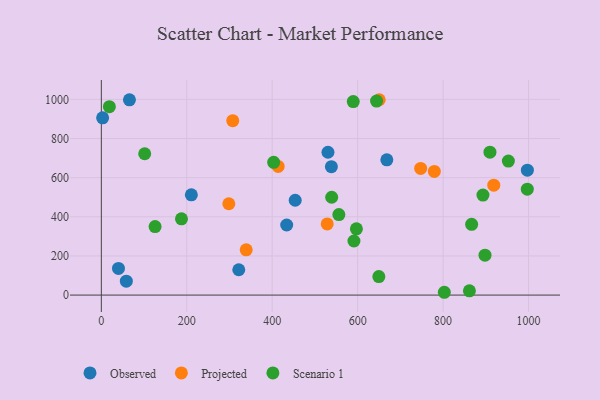
{"axis": {"x": "Investment", "y": "Salary"}, "legend": ["Observed", "Projected", "Scenario 1"], "data": [{"x": "40.1", "y": 136.2, "type": "Observed"}, {"x": "3.0", "y": 905.5, "type": "Observed"}, {"x": "538.5", "y": 655.9, "type": "Observed"}, {"x": "321.7", "y": 129.5, "type": "Observed"}, {"x": "65.8", "y": 997.6, "type": "Observed"}, {"x": "997.3", "y": 638.3, "type": "Observed"}, {"x": "433.9", "y": 358.2, "type": "Observed"}, {"x": "210.7", "y": 512.5, "type": "Observed"}, {"x": "530.5", "y": 729.8, "type": "Observed"}, {"x": "453.8", "y": 484.7, "type": "Observed"}, {"x": "58.5", "y": 71.2, "type": "Observed"}, {"x": "668.3", "y": 691.1, "type": "Observed"}, {"x": "339.1", "y": 231.3, "type": "Projected"}, {"x": "307.6", "y": 891.0, "type": "Projected"}, {"x": "779.5", "y": 631.7, "type": "Projected"}, {"x": "747.5", "y": 647.0, "type": "Projected"}, {"x": "413.9", "y": 657.2, "type": "Projected"}, {"x": "918.6", "y": 561.5, "type": "Projected"}, {"x": "298.4", "y": 466.6, "type": "Projected"}, {"x": "528.7", "y": 363.7, "type": "Projected"}, {"x": "650.5", "y": 998.2, "type": "Projected"}, {"x": "187.6", "y": 389.8, "type": "Scenario 1"}, {"x": "18.8", "y": 962.5, "type": "Scenario 1"}, {"x": "898.1", "y": 204.1, "type": "Scenario 1"}, {"x": "649.6", "y": 94.6, "type": "Scenario 1"}, {"x": "556.0", "y": 411.3, "type": "Scenario 1"}, {"x": "802.9", "y": 14.4, "type": "Scenario 1"}, {"x": "597.1", "y": 338.4, "type": "Scenario 1"}, {"x": "893.3", "y": 511.0, "type": "Scenario 1"}, {"x": "591.3", "y": 276.4, "type": "Scenario 1"}, {"x": "952.8", "y": 684.6, "type": "Scenario 1"}, {"x": "997.1", "y": 541.4, "type": "Scenario 1"}, {"x": "644.3", "y": 991.1, "type": "Scenario 1"}, {"x": "589.7", "y": 988.7, "type": "Scenario 1"}, {"x": "403.4", "y": 678.2, "type": "Scenario 1"}, {"x": "101.5", "y": 722.1, "type": "Scenario 1"}, {"x": "866.8", "y": 361.8, "type": "Scenario 1"}, {"x": "125.8", "y": 349.9, "type": "Scenario 1"}, {"x": "861.6", "y": 21.6, "type": "Scenario 1"}, {"x": "909.7", "y": 730.3, "type": "Scenario 1"}, {"x": "539.2", "y": 500.0, "type": "Scenario 1"}]}